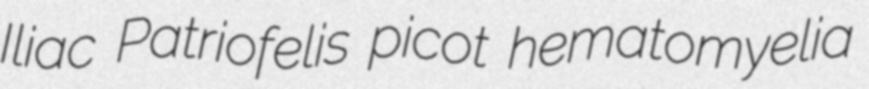
Iliac Patriofelis picot hematomyelia